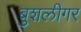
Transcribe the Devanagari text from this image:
बुशलीगर